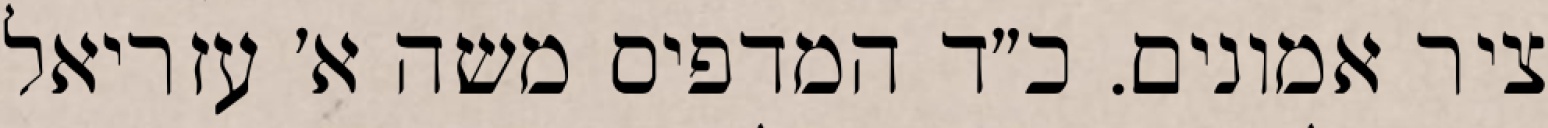
ציר אמונים. כ״ד המדפיס משה א׳ עזריאל